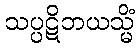
သပ္ပဋိဘယသ္မိံ